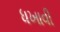
ધખાવી